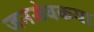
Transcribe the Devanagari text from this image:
जनसेवकया